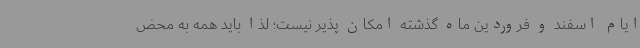
ایام اسفند و فروردین ماه گذشته امکان پذیر نیست؛ لذا باید همه به محض